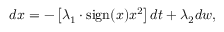
\begin{array} { r } { d x = - \left[ \lambda _ { 1 } \cdot \mathrm { s i g n } ( x ) x ^ { 2 } \right] d t + \lambda _ { 2 } d w , } \end{array}